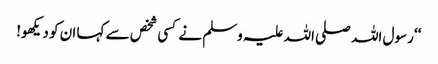
‘‘ رسول اللہ صلی اللہ علیہ وسلم نے کسی شخص سے کہا ان کو دیکھو!